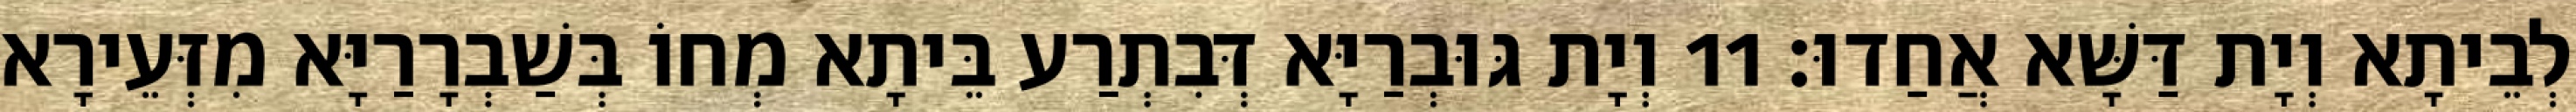
לְבֵיתָא וְיָת דַּשָּׁא אֲחַדוּ׃ 11 וְיָת גּוּבְרַיָּא דְּבִתְרַע בֵּיתָא מְחוֹ בְּשַׁבְרָרַיָּא מִזְּעֵירָא